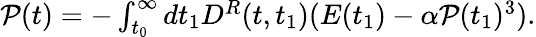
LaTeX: \begin{array}{r}{{\cal P}(t)=-\int_{t_{0}}^{\infty}dt_{1}{D}^{R}(t,t_{1})(E(t_{1})-\alpha{\cal P}(t_{1})^{3}).}\end{array}